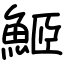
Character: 䱌